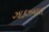
ઝાકઝમાળ